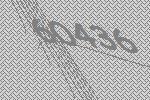
60436